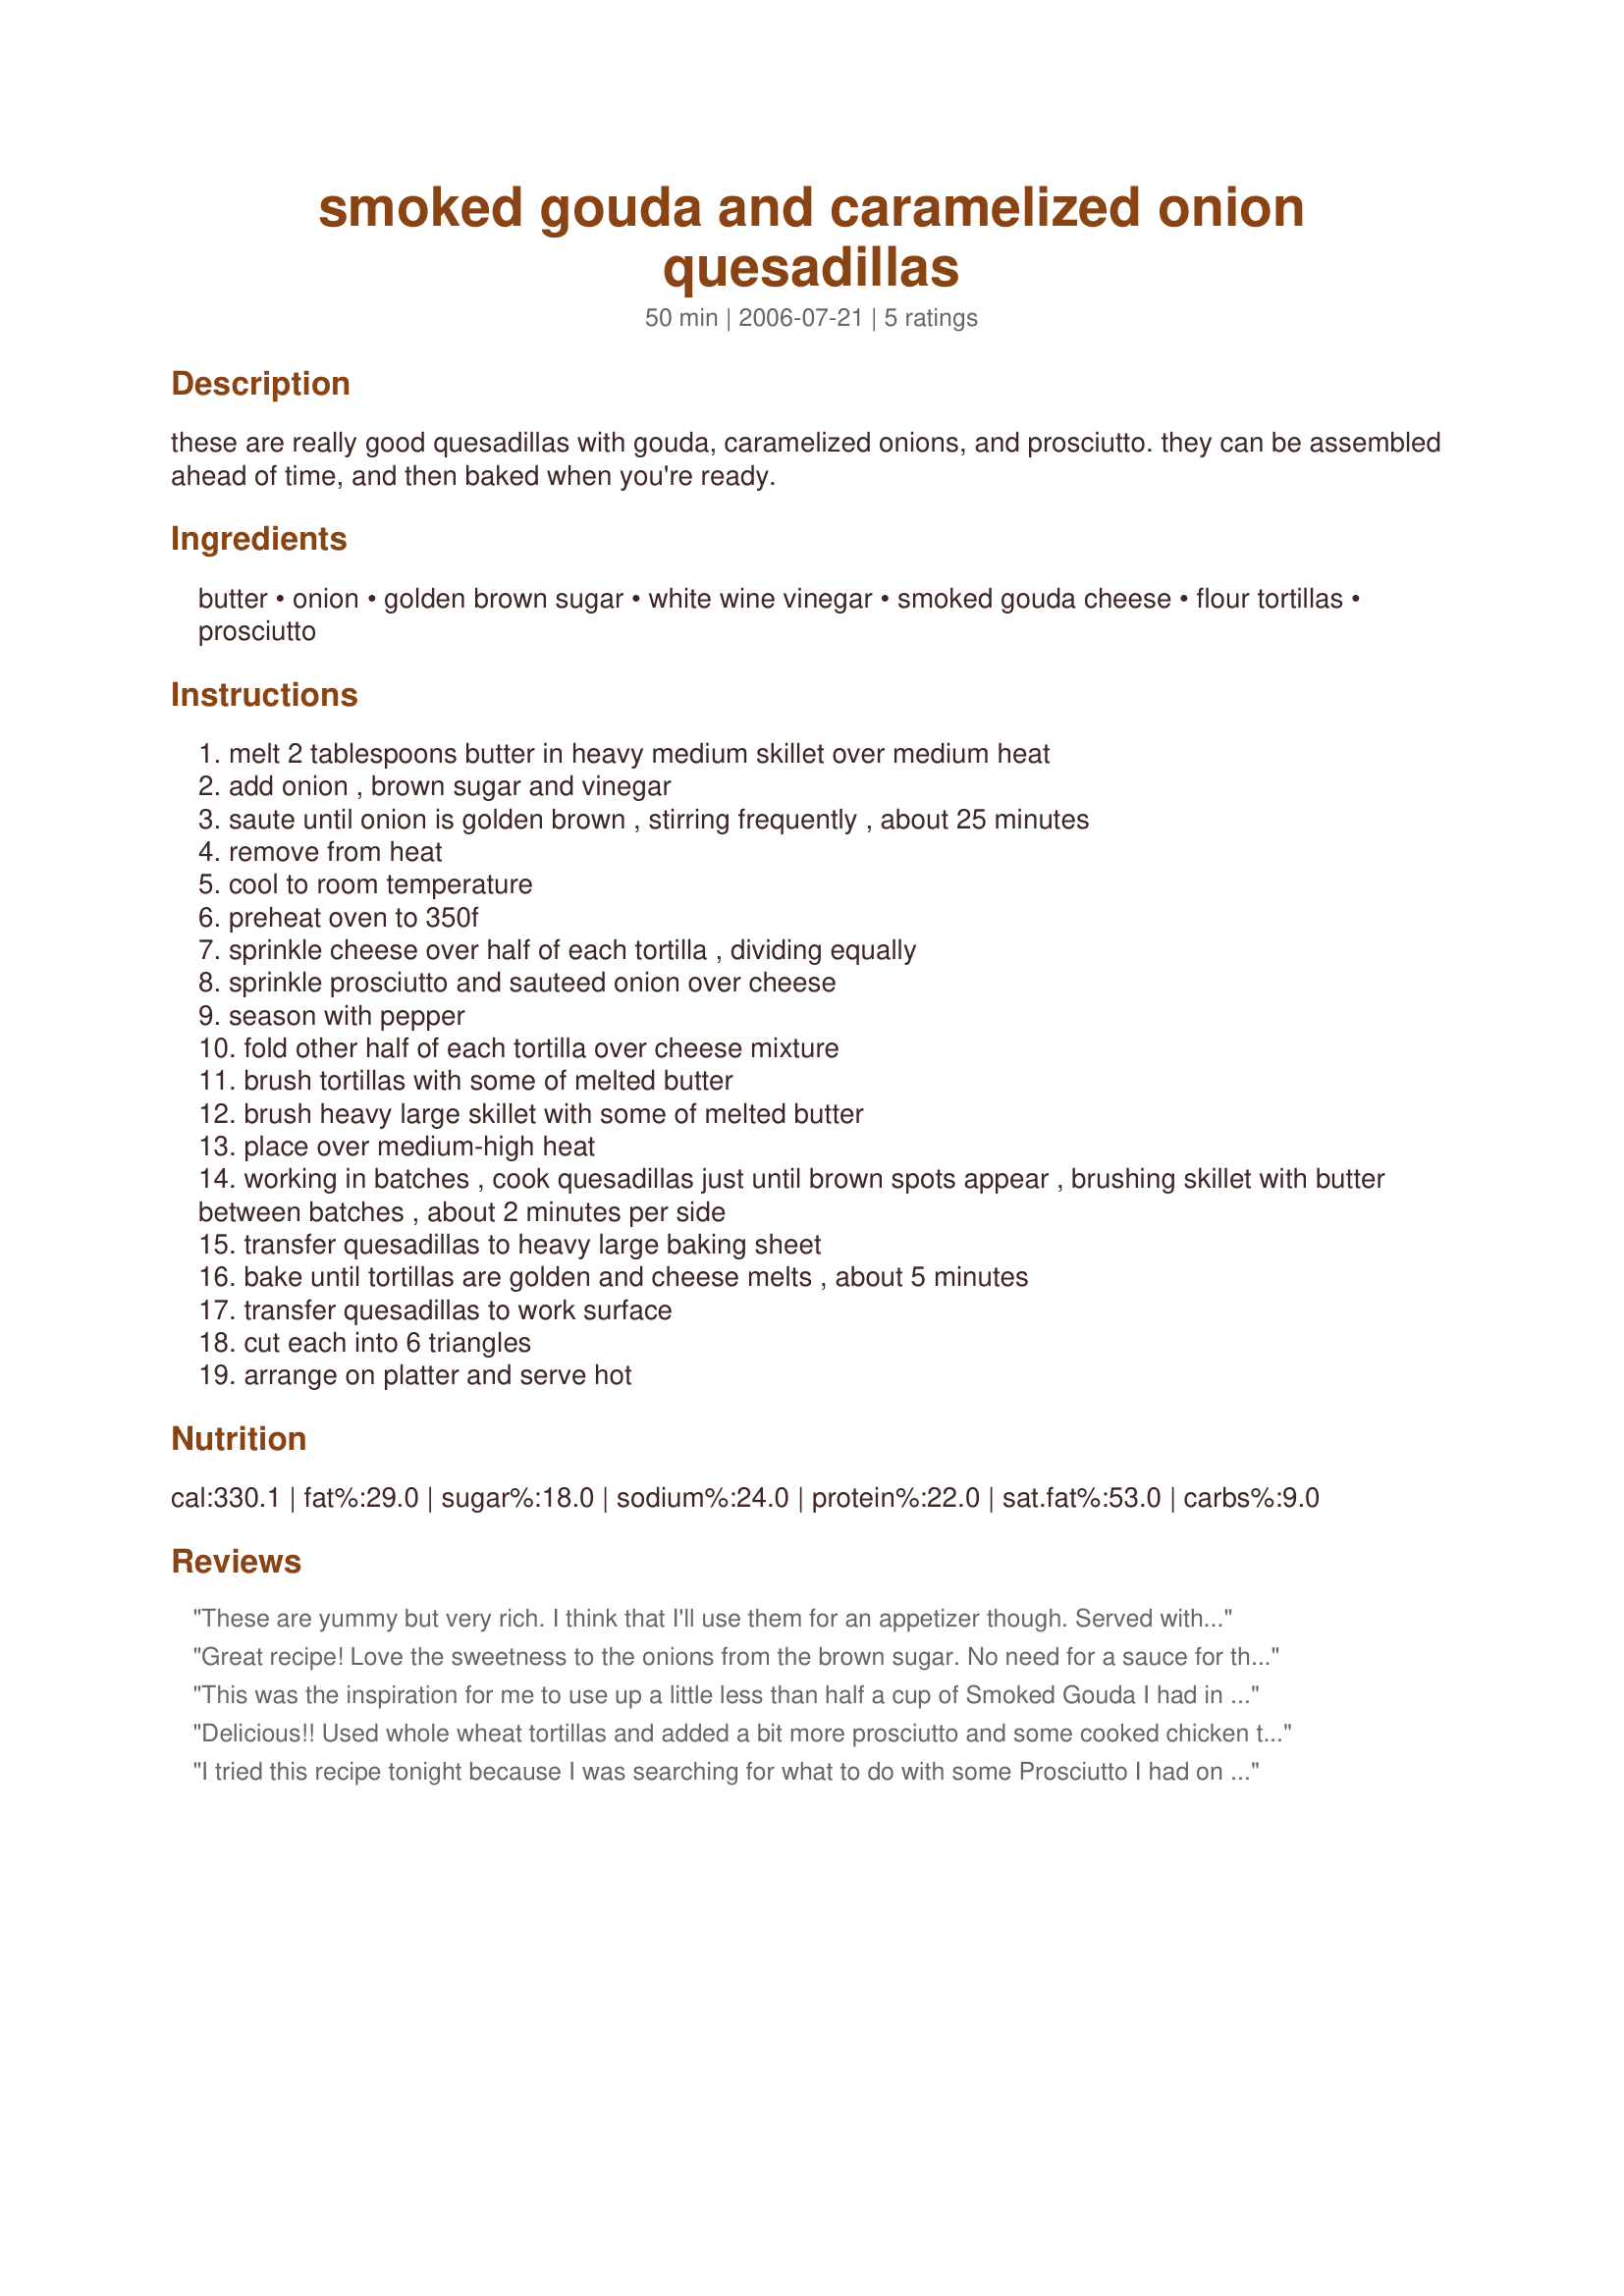
smoked gouda and caramelized onion quesadillas
Preparation time: 50 minutes

these are really good quesadillas with gouda, caramelized onions, and prosciutto. they can be assembled ahead of time, and then baked when you're ready.

Ingredients:
butter, onion, golden brown sugar, white wine vinegar, smoked gouda cheese, flour tortillas, prosciutto

Steps:
melt 2 tablespoons butter in heavy medium skillet over medium heat
add onion , brown sugar and vinegar
saute until onion is golden brown , stirring frequently , about 25 minutes
remove from heat
cool to room temperature
preheat oven to 350f
sprinkle cheese over half of each tortilla , dividing equally
sprinkle prosciutto and sauteed onion over cheese
season with pepper
fold other half of each tortilla over cheese mixture
brush tortillas with some of melted butter
brush heavy large skillet with some of melted butter
place over medium-high heat
working in batches , cook quesadillas just until brown spots appear , brushing skillet with butter between batches , about 2 minutes per side
transfer quesadillas to heavy large baking sheet
bake until tortillas are golden and cheese melts , about 5 minutes
transfer quesadillas to work surface
cut each into 6 triangles
arrange on platter and serve hot

Reviews:
These are yummy but very rich. I think that I'll use them for an appetizer though. Served with a glass of wine it will help cut some of the richness.
Great recipe! Love the sweetness to the onions from the brown sugar. No need for a sauce for this quesadilla, delish as is :)
This was the inspiration for me to use up a little less than half a cup of Smoked Gouda I had in the fridge. I keep caramelized onions and roasted red peppers in the freezer at all times and also had a leftover chicken thigh and a little shredded cheddar. I removed the skin from the thigh and layered it all in whole wheat tortilla's. The small amount of Smoked Gouda was perfect for adding a good smokey flavor to the Quesadilla's and made for a very quick and very yummy lunch that both DH and I enjoyed. Thanks for posting!
Delicious!! Used whole wheat tortillas and added a bit more prosciutto and some cooked chicken to make a meal out of this. I Added the prosciutto and chicken with the onion and sauted them for a few minutes. Thanks lazyme! :)
I tried this recipe tonight because I was searching for what to do with some Prosciutto I had on hand. I have to say that the flavor mix was excellent. The onions sauted with the white wine vinegar and brown sugar along with the flavor of the gouda, and prosciutto was amazing. I did add a step. I bought a roasted chicken from the grocery store and shredded the chicken off the bones. Then I sauted the shredded chicken in olive oil with spices, such as Garlic salt, roasted garlic, red pepper flakes, salt and pepper. We made the quesadillas with a little of the chicken as well as the rest of the ingredients in this recipe. This allowed us to use a little less cheese and make it less rich. This was an easy recipe and very very good!
